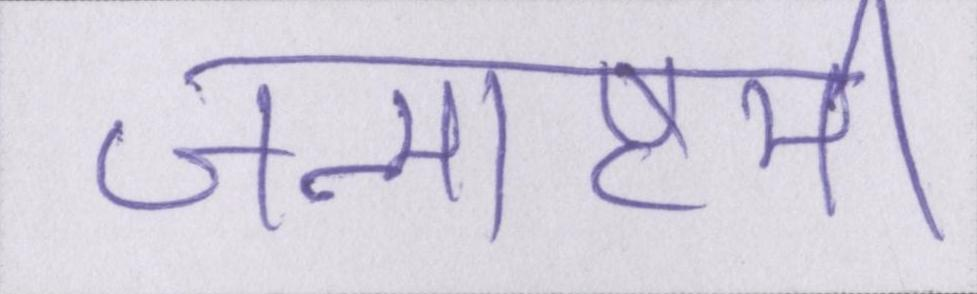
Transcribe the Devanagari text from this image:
जन्माष्टमी